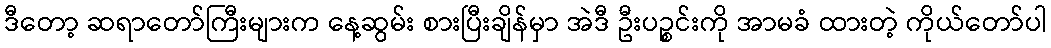
ဒီတော့ ဆရာတော်ကြီးများက နေ့ဆွမ်း စားပြီးချိန်မှာ အဲဒီ ဦးပဉ္စင်းကို အာမခံ ထားတဲ့ ကိုယ်တော်ပါ